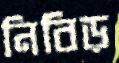
নিবিড়